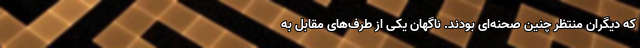
که دیگران منتظر چنین صحنه‌ای بودند. ناگهان یکی از طرف‌های مقابل به